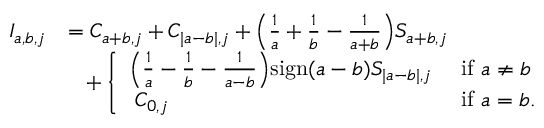
\begin{array} { r l } { I _ { a , b , j } } & { = C _ { a + b , j } + C _ { | a - b | , j } + \Bigl ( \frac { 1 } { a } + \frac { 1 } { b } - \frac { 1 } { a + b } \Bigr ) S _ { a + b , j } } \\ & { \; \; \; + \left\{ \begin{array} { l l } { \Bigl ( \frac { 1 } { a } - \frac { 1 } { b } - \frac { 1 } { a - b } \Bigr ) \mathrm { s i g n } ( a - b ) S _ { | a - b | , j } } & { \mathrm { ~ i f ~ } a \neq b } \\ { \; C _ { 0 , j } } & { \mathrm { ~ i f ~ } a = b . } \end{array} \right. } \end{array}